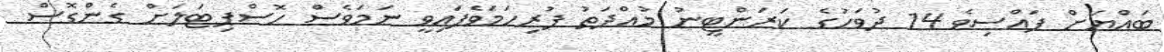
ބައްޔަށް ފައްސިވެ 14 ދުވަހުގެ ކަރަންޓީނު މުއްދަތު ފުރިހަމަވެފައިވީ ނަމަވެސް ހޮސްޕިޓަލަށް ގެންގޮސް